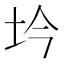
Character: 坅